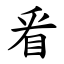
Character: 㸔